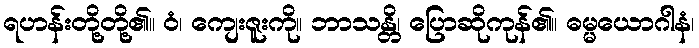
ရဟန်းတို့တို့၏။ ဝံ၊ ကျေးဇူးကို။ ဘာသန္တိ၊ ပြောဆိုကုန်၏။ ဓမ္မယောဂါနံ၊